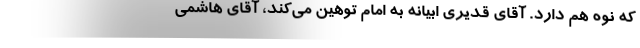
که نوه هم دارد. آقای قدیری ابیانه به امام توهین می‌کند، آقای هاشمی